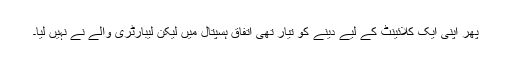
پھر اپنی ایک کلائینٹ کے لیے دینے کو تیار تھی اتفاق ہسپتال میں لیکن لیبارٹری والے نے نہیں لیا۔